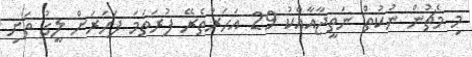
މި މެޗުން ނުކުތް ނަތީޖާއާއެކު 29 އަހަރުތެރޭ ފުރަތަމަ ފަހަރަށް ލީގު ތަށި